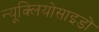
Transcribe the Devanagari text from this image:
न्यूक्लियोसाइडों